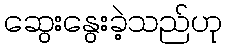
ဆွေးနွေးခဲ့သည်ဟု